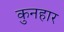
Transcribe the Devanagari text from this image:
कुनहार